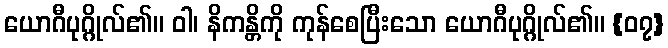
ယောဂီပုဂ္ဂိုလ်၏။ ဝါ၊ နိကန္တိကို ကုန်စေပြီးသော ယောဂီပုဂ္ဂိုလ်၏။ {၀၇}